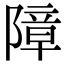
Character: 障